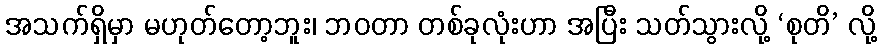
အသက်ရှိမှာ မဟုတ်တော့ဘူး၊ ဘဝတာ တစ်ခုလုံးဟာ အပြီး သတ်သွားလို့ ‘စုတိ’ လို့